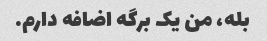
بله، من یک برگه اضافه دارم.